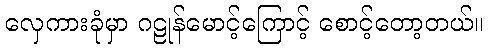
လှေကားခုံမှာ ဂဠုန်မောင့်ကြောင့် စောင့်တော့တယ်။